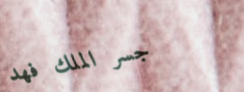
جسر الملك فهد